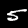
Label: 5